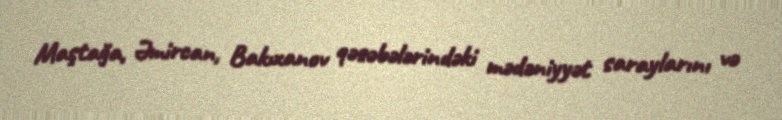
Maştağa, Əmircan, Bakıxanov qəsəbələrindəki mədəniyyət saraylarını və